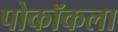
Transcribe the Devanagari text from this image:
पोकॉकला